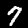
Label: 7